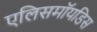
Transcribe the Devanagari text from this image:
एलिसमॉयडिस